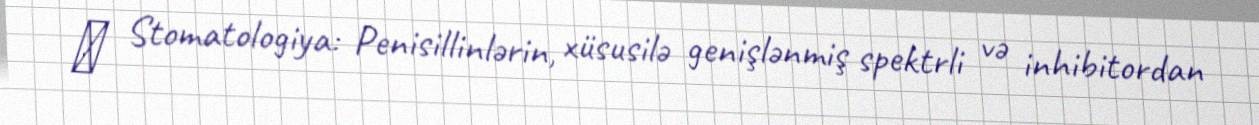
► Stomatologiya: Penisillinlərin, xüsusilə genişlənmiş spektrli və inhibitordan